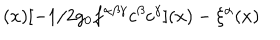
( x ) [ - 1 / 2 g _ { 0 } f ^ { \alpha \beta \gamma } c ^ { \beta } c ^ { \gamma } ] ( x ) - \xi ^ { \alpha } ( x )